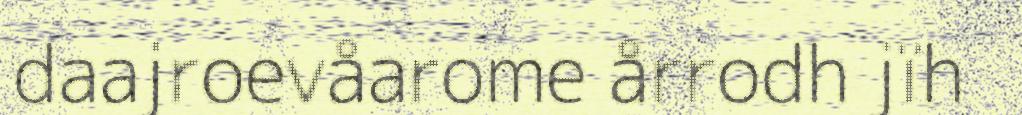
daajroevåarome årrodh jïh